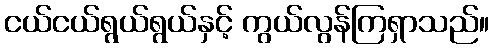
ငယ်ငယ်ရွယ်ရွယ်နှင့် ကွယ်လွန်ကြရှာသည်။